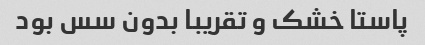
پاستا خشک و تقریبا بدون سس بود